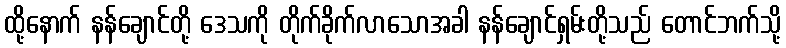
ထို့နောက် နန်ချောင်တို့ ဒေသကို တိုက်ခိုက်လာသောအခါ နန်ချောင်ရှမ်းတို့သည် တောင်ဘက်သို့